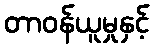
တာဝန်ယူမှုနှင့်